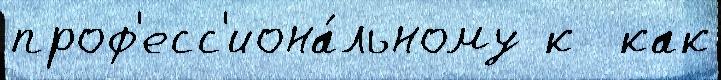
проф'есс'иона́льному к  как